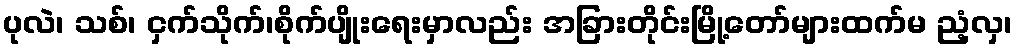
ပုလဲ၊ သစ်၊ ငှက်သိုက်၊စိုက်ပျိုးရေးမှာလည်း အခြားတိုင်းမြို့တော်များထက်မ ညံ့လှ၊